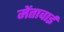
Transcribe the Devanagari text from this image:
मेंतावाई